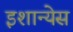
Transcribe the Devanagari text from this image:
इशान्येस